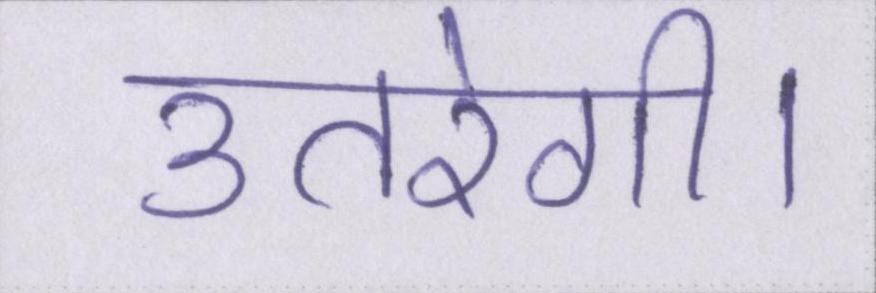
उतरेगी।